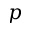
p